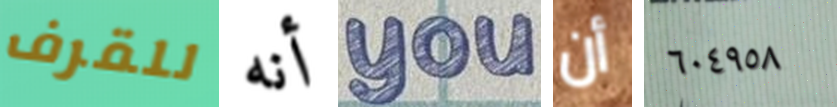
للقرف أنه you أن ٦٠٤٩٥٨